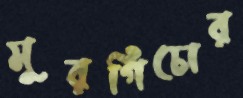
মুরগিচোর